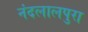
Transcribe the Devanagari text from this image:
नंदलालपुरा